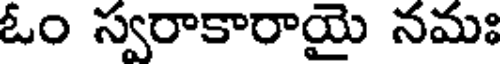
ఓం స్వరాకారాయై నమః